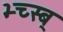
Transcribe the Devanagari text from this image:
भ्च्स्ब्